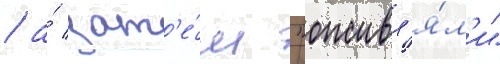
/ а́ зат'е́м "оживл'я́л'и"